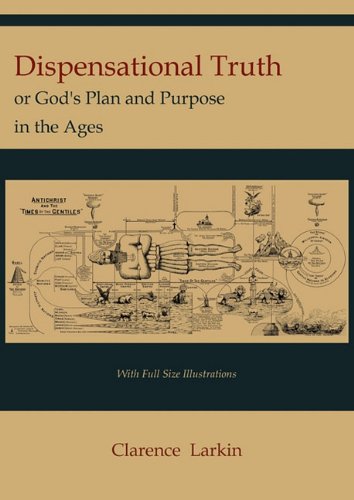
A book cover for Dispensational Truth [with Full Size Illustrations], or God's Plan and Purpose in the Ages; Clarence Larkin; Christian Books & Bibles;